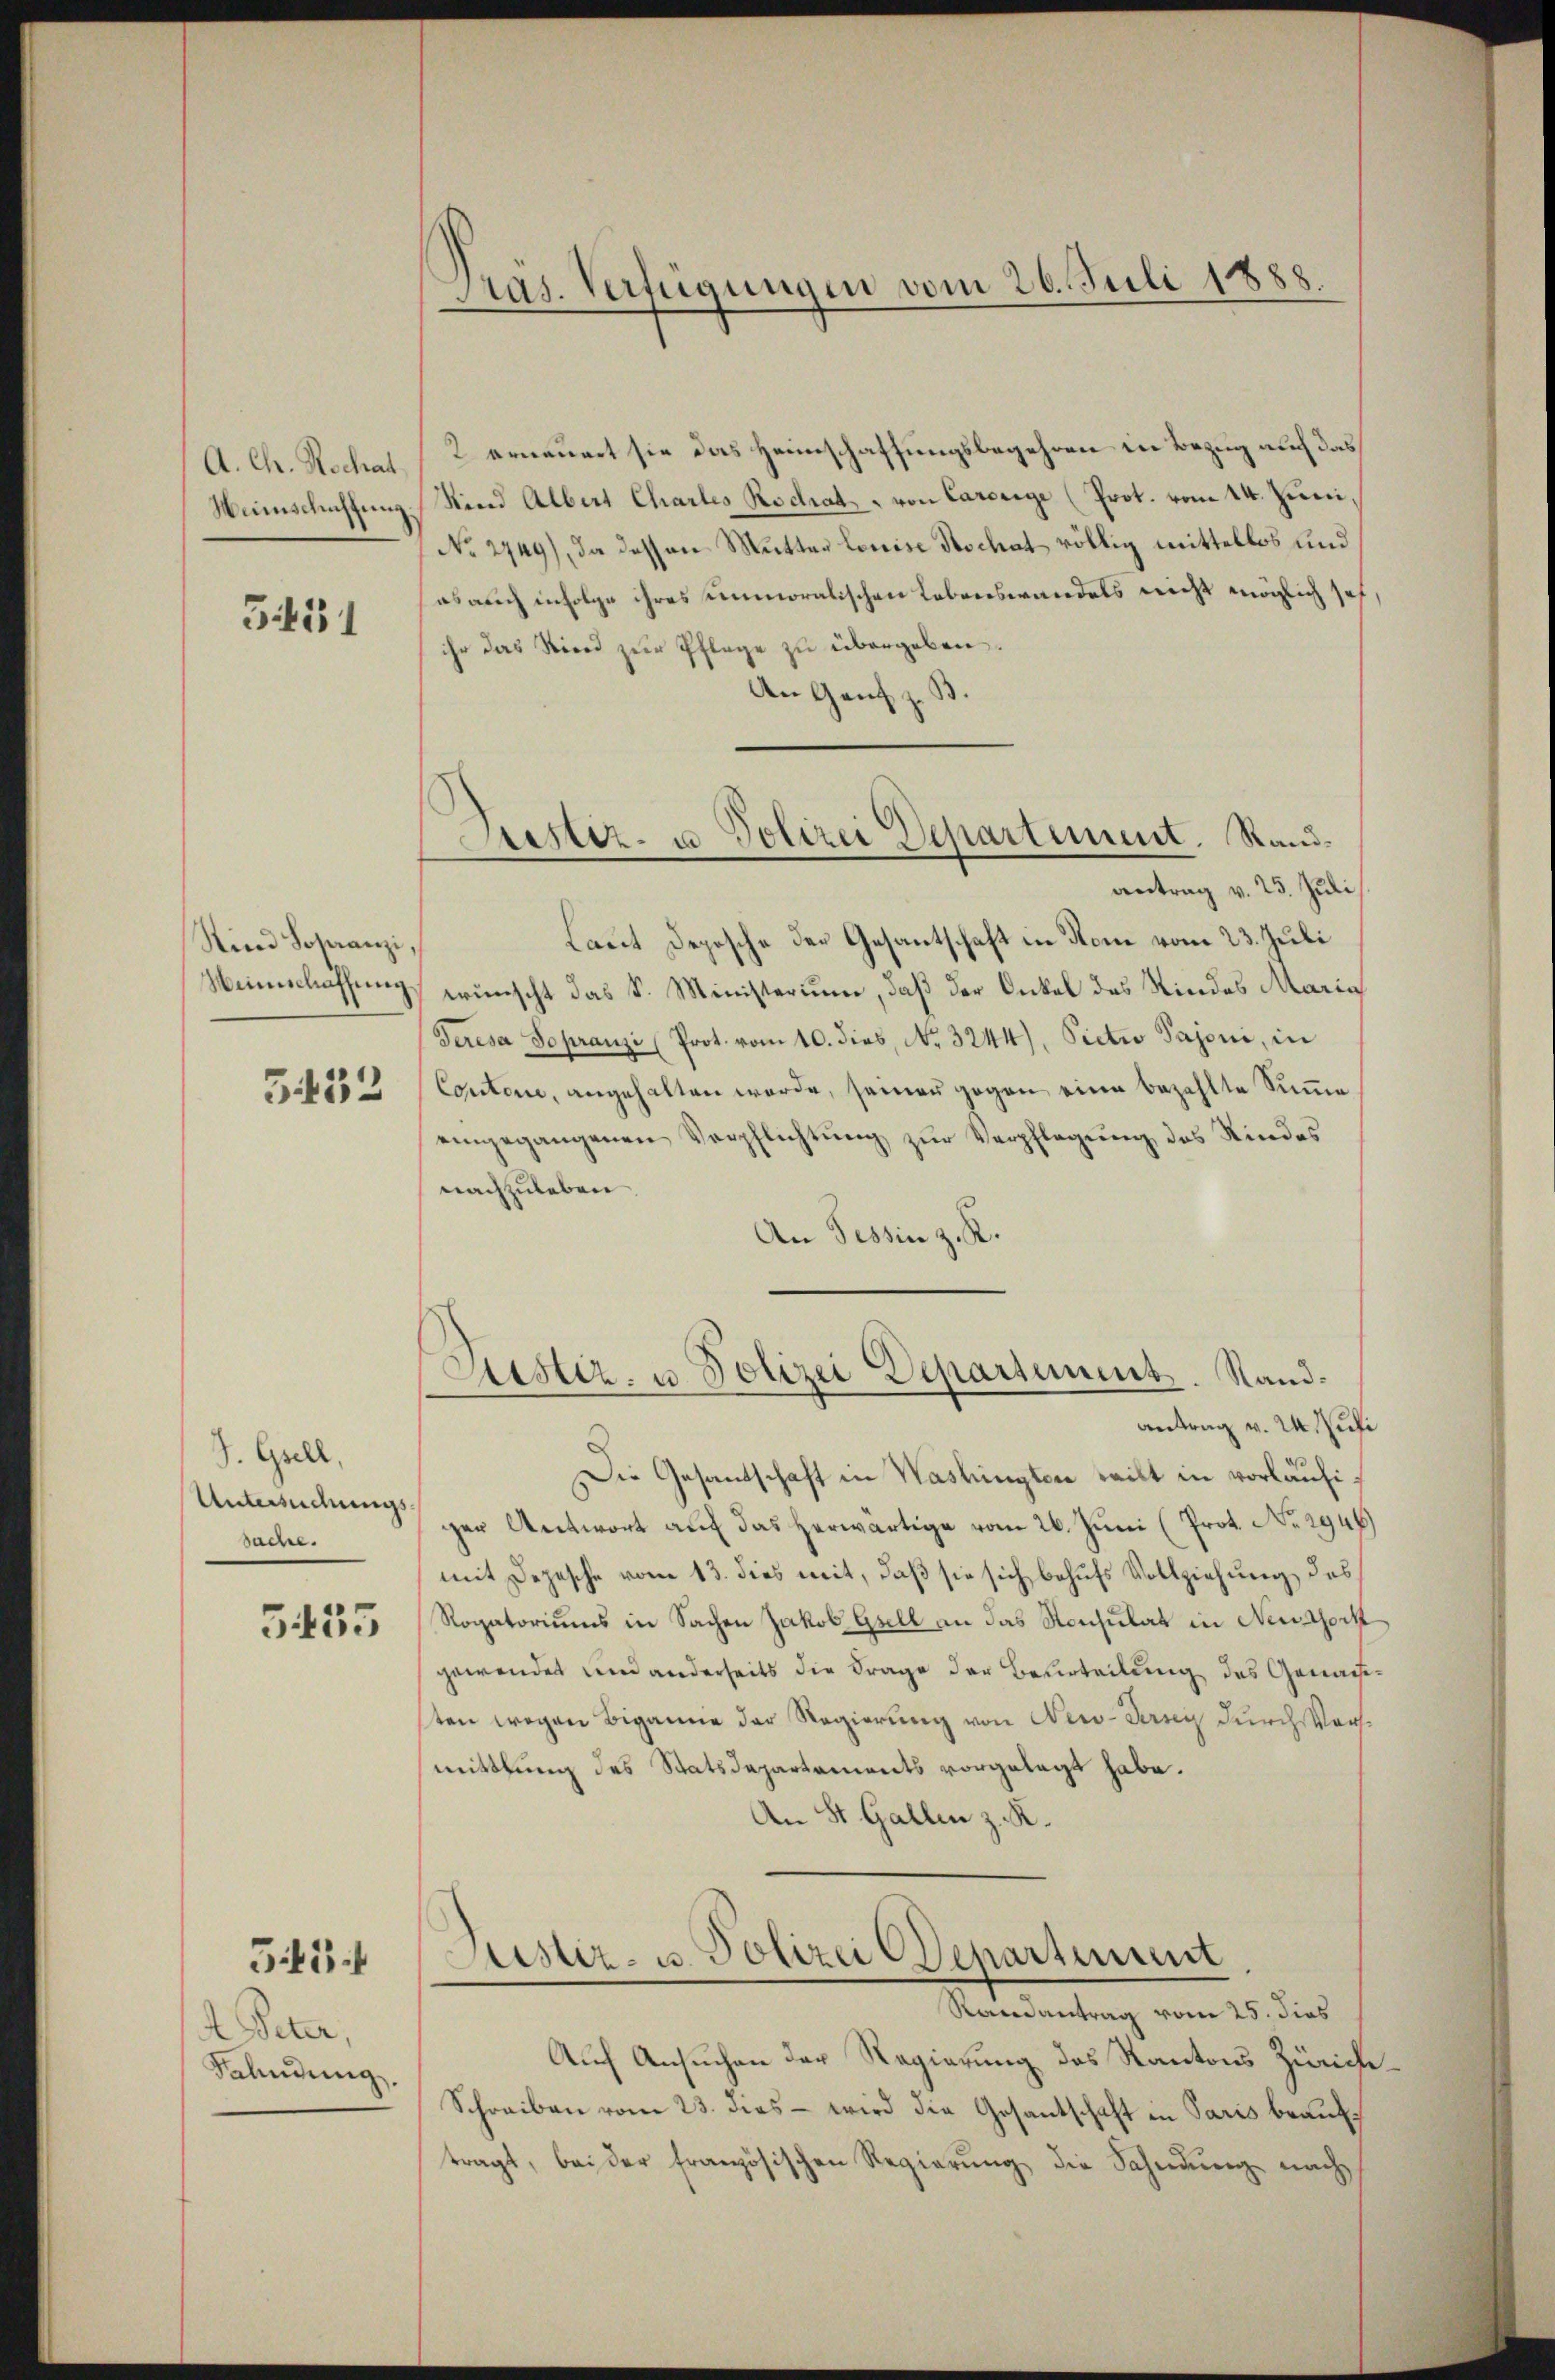
A. Ch. Hochat
Menschaffung

551

Sind Sohranzi,
Weinschaffung
5432

S. Grell.
Untersuchungssache.

3455

33

A Peter,
Fahndung.

Pras. Verfügungen vom 26. Juli 1888.

2 erneuert sie das Heimschaffungsbegehren in Bezug auf das
. Kind Albert Chartes Rodrat von Caresige (Prot. vom 14. Juni,
No 2949), da dessen Mutter Louise Hochat völlig mittellos und
es auch infolge ihres unmoralischen Lebenswandels nicht möglich sah,
ihr das Riood zur Pflege zu übergeben
An Genf z. B.
Laut Deposche der Gesantschaft in Rom vom 23. Juli
wünscht das S. Ministerium, daß der Onkel des Kindes Maria
Teresa sopranzi (Prot. vom 10. dies, No 3244), Pictio Pajone, in
Contone, angehalten werde, seinen gegen eine bezahlte Summe
eingegangenen Verpflichtŭng zŭr Verpflegŭng des Kindes
nachzuleben
An Tessin z. R.
Justiz- u Polizei Departement. Sand¬
Antrag v. 2. Juli
Die Gesandschaft in Washingten weilt in vorläufiger Antwort auf das herwärtige vom 26. Juni (Prot. No 2946)
mit Depesche vom 13. dies mit, daß sie sich behufs Vollziehung des
Rogatoriums in Sachen Jakob Gsell an das Konsulat in Neudorf
gewendet und anderseits die Frage der Beurteilung des Genaue
sten wegen Bigamie der Regierung von New-Jerseis durch Vorsmittlung des Statsdepartements vorgelegt habe.
An St. Gallen z. R.
Justiz- u. Polizei Departement
Randantrag vom 25. dies
Auf Ansuchen der Regierung des Kantons Zürich
Schreiben vom 23. dies - wird die Gesantschaft in Paris beauftragt, bei der französischen Regierung die Sahndung nach

Justiz- u Polizei Departement. Randantrag v. 25. Juli